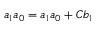
a _ { 1 } a _ { 0 } = a _ { 1 } a _ { 0 } + C b _ { 1 }